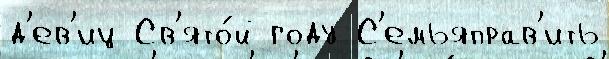
д'ев'иц Св'ято́й году С'емьяправ'ить